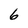
Character: 6